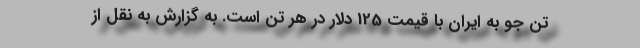
تن جو به ایران با قیمت 125 دلار در هر تن است. به گزارش به نقل از